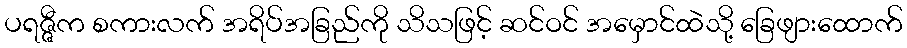
ပရဇ္ဇီက စကားလက် အရိပ်အခြည်ကို သိသဖြင့် ဆင်ဝင် အမှောင်ထဲသို့ ခြေဖျားထောက်